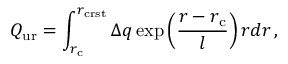
Q _ { \mathrm { u r } } = \int _ { r _ { \mathrm { c } } } ^ { r _ { \mathrm { c r s t } } } \Delta q \exp \left( \frac { r - r _ { \mathrm { c } } } { l } \right) r d r \, ,